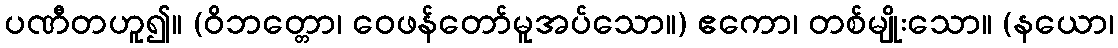
ပဏီတဟူ၍။ (ဝိဘတ္တော၊ ဝေဖန်တော်မူအပ်သော။) ဧကော၊ တစ်မျိုးသော။ (နယော၊